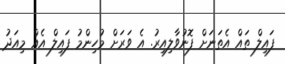
ފައިލް ތައް އެތަނަށް ފޮނުވާލިއިރު. އެ ވަރަށް މުހިންމު ފައިލް އެއް މިއަދު